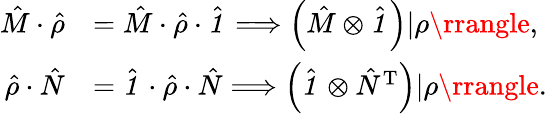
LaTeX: \begin{array}{rl}{\hat{M}\cdot\hat{\rho}}&{=\hat{M}\cdot\hat{\rho}\cdot\hat{\textbf{\textit{1}}\, }\Longrightarrow\left(\hat{M}\otimes\hat{\textbf{\textit{1}}\, }\right)|\rho\rrangle,}\\ {\hat{\rho}\cdot\hat{N}}&{=\hat{\textbf{\textit{1}}\, }\cdot\hat{\rho}\cdot\hat{N}\Longrightarrow\left(\hat{\textbf{\textit{1}}\, }\otimes\hat{N}^{\mathrm{T}}\right)|\rho\rrangle.}\end{array}